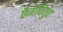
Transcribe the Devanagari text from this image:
पैजोविद्युत